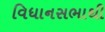
વિધાનસભાથી